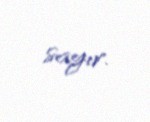
sayır.